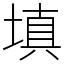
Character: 填